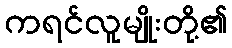
ကရင်လူမျိုးတို့၏